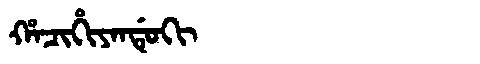
Manchu: ᡥᠠᠴᡳᡥᡳᠶᠠᠨᡩᡠᡴᡳ
Romanization: HACIHIYANDUKI